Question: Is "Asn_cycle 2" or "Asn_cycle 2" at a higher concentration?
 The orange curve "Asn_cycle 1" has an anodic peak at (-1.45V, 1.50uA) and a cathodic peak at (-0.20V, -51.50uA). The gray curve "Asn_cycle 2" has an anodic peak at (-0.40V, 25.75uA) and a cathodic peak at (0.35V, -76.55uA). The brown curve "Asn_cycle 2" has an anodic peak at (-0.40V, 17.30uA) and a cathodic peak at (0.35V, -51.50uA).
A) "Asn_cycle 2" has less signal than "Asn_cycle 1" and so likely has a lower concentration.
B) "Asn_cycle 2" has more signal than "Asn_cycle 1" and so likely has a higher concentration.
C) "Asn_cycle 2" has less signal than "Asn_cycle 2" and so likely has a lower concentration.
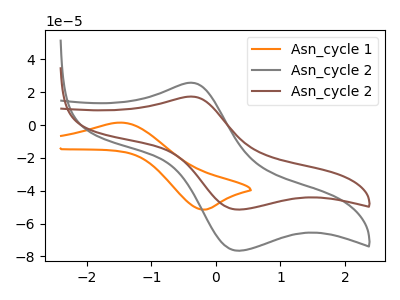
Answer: <think>All the peaks in "Asn_cycle 2" have a peak in "Asn_cycle 2" at the same potential. Every peak in "Asn_cycle 2" is lower than every peak in "Asn_cycle 2".
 </think>
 <answer>C) "Asn_cycle 2" has less signal than "Asn_cycle 2" and so likely has a lower concentration.</answer>
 <eval>C</eval>